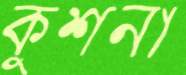
কুশনা